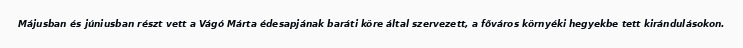
Májusban és júniusban részt vett a Vágó Márta édesapjának baráti köre által szervezett, a főváros környéki hegyekbe tett kirándulásokon.